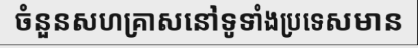
ចំនួនសហគ្រាសនៅទូទាំងប្រទេសមាន